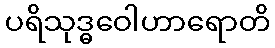
ပရိသုဒ္ဓဝေါဟာရောတိ